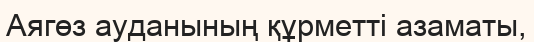
Аягөз ауданының құрметті азаматы,